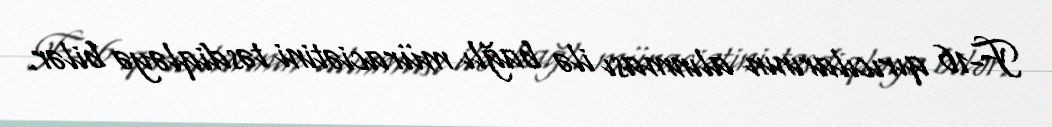
F-16 qırıcılarının alınması ilə bağlı müraciətini təsdiqləyə bilər.